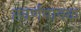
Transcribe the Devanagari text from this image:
स्वर्णमानक